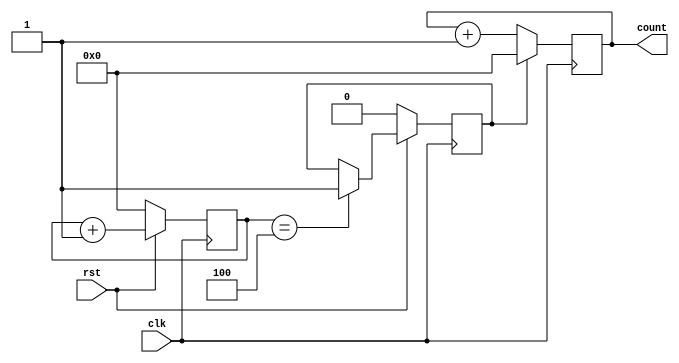
module reset_example (
    input wire clk,        // Clock input
    input wire rst,        // Active high reset input
    output reg [3:0] count // 4-bit counter output
);

// Debounce parameters
parameter DEBOUNCE_TIME = 5; // Time in clock cycles for debouncing
reg [3:0] debounce_counter = 0;
reg rst_debounced = 0;

// Debouncing process
always @(posedge clk) begin
    if (rst) begin
        debounce_counter <= debounce_counter + 1;
        if (debounce_counter == DEBOUNCE_TIME - 1) begin
            rst_debounced <= 1; // Set the debounced reset signal
        end
    end else begin
        debounce_counter <= 0; // Reset the debounce counter
        rst_debounced <= 0;    // Clear the debounced reset signal
    end
end

// Synchronous reset behavior
always @(posedge clk) begin
    if (rst_debounced) begin
        count <= 4'b0000; // Initialize the counter to zero on reset
    end else begin
        count <= count + 1; // Increment the counter normally
    end
end

endmodule